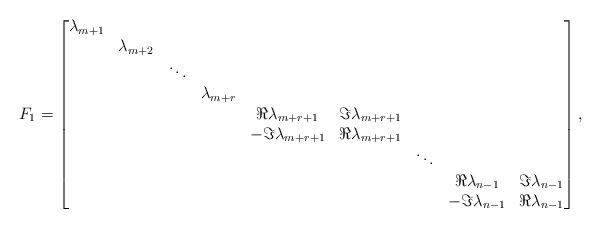
LaTeX: \begin{align*}F_{1}&=\begin{bmatrix}\lambda_{m+1} \\& \lambda_{m+2} \\& & \ddots \\& & & \lambda_{m+r} \\& & & & \Re \lambda_{m+r+1} & \Im \lambda_{m+r+1} \\& & & & -\Im \lambda_{m+r+1} & \Re \lambda_{m+r+1} \\& & & & & & \ddots \\& & & & & & & \Re \lambda_{n-1} & \Im \lambda_{n-1} \\& & & & & & & -\Im \lambda_{n-1} & \Re \lambda_{n-1}\end{bmatrix},\end{align*}